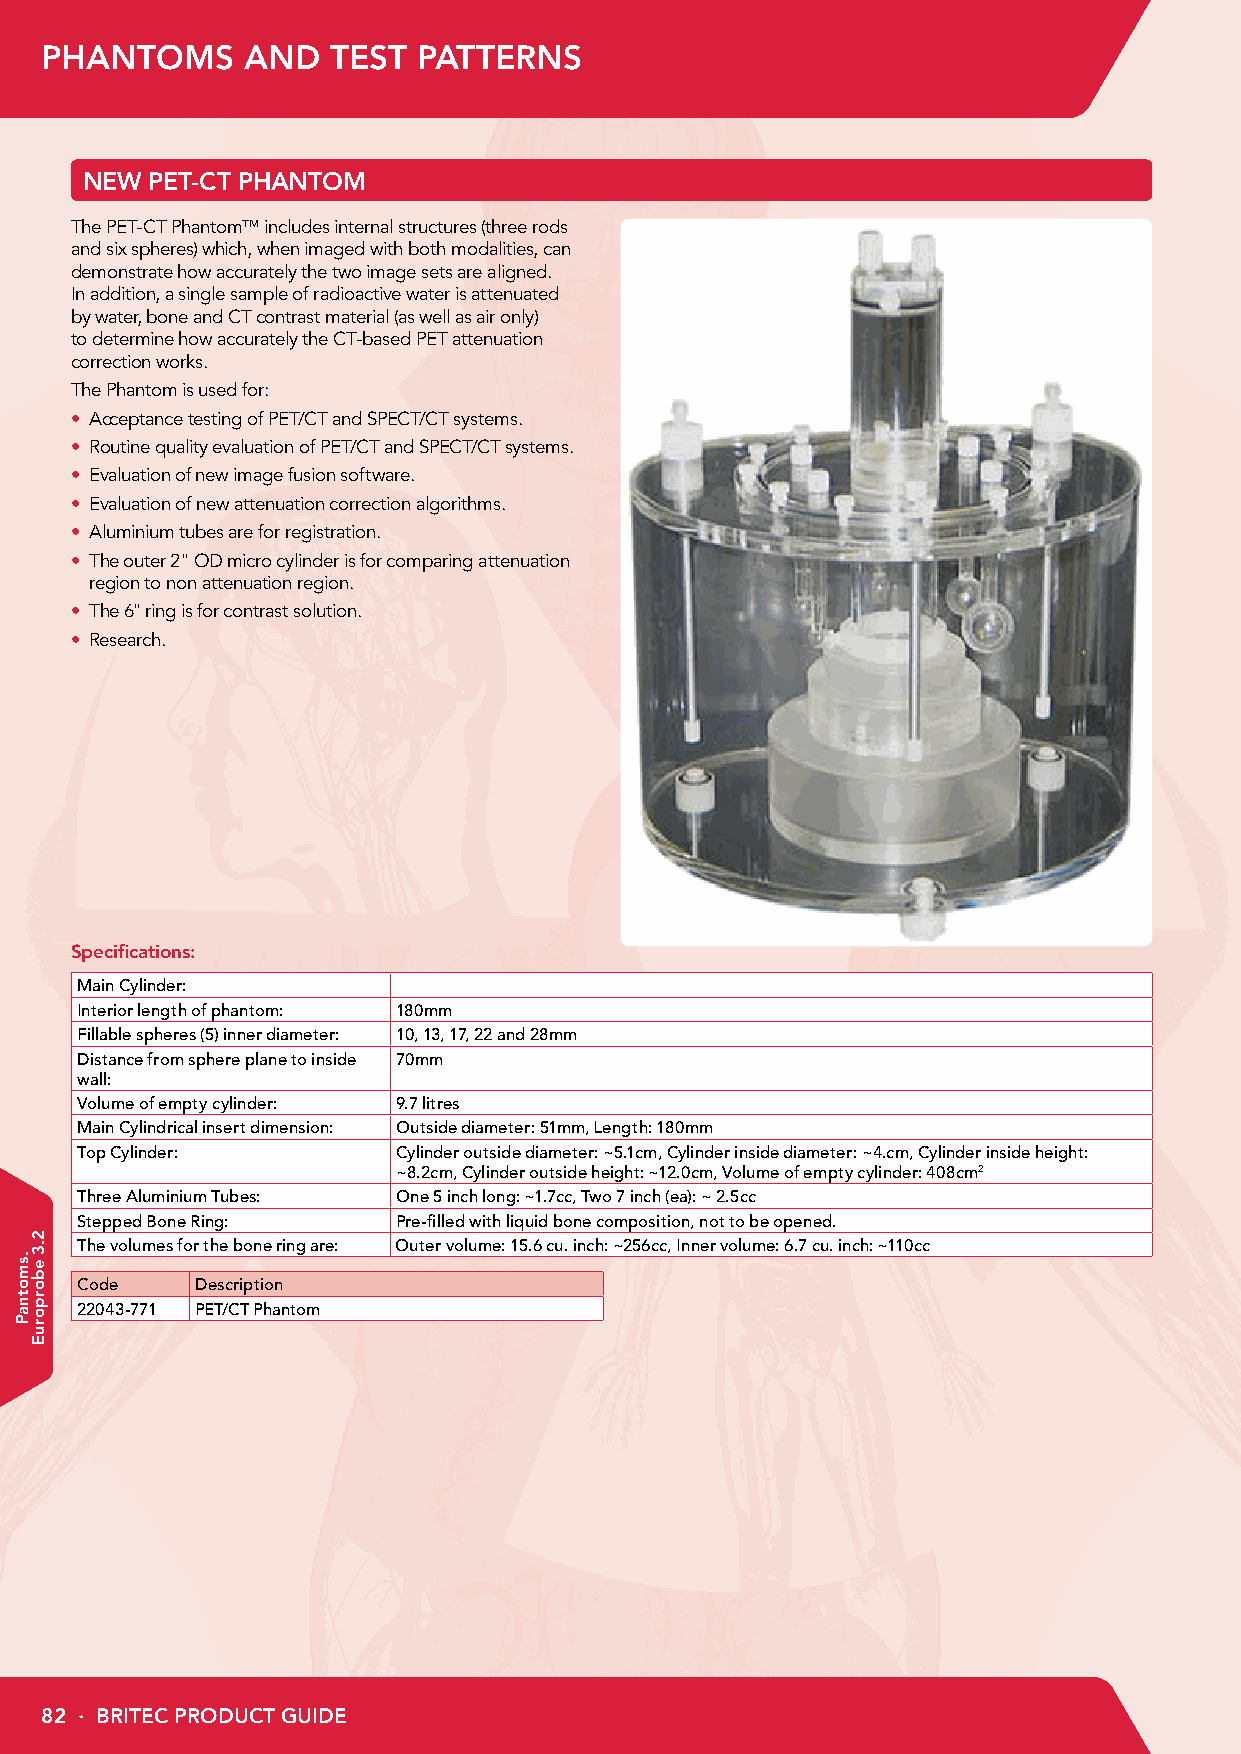
PHANTOMS     AND   TEST  PATTERNS
 NEW  PET-CT PHANTOM
 The PET-CT Phantom™ includes internal structures (three rods
 and six spheres) which, when imaged with both modalities, can
 demonstrate how accurately the two image sets are aligned.
 In addition, a single sample of radioactive water is attenuated
 by water, bone and CT contrast material (as well as air only)
 to determine how accurately the CT-based PET attenuation
 correction works.
 The Phantom is used for:
 • Acceptance testing of PET/CT and SPECT/CT systems.
 • Routine quality evaluation of PET/CT and SPECT/CT systems.
 • Evaluation of new image fusion software.
 • Evaluation of new attenuation correction algorithms.
 • Aluminium tubes are for registration.
 • The outer 2" OD micro cylinder is for comparing attenuation
 region to non attenuation region.
 • The 6" ring is for contrast solution.
 • Research.
 Specifications:
 Main Cylinder:
 Interior length of phantom: 180mm
 Fillable spheres (5) inner diameter: 10, 13, 17, 22 and 28mm
 Distance from sphere plane to inside 70mm
 wall:
 Volume of empty cylinder: 9.7 litres
 Main Cylindrical insert dimension: Outside diameter: 51mm, Length: 180mm
 Top Cylinder:        Cylinder outside diameter: ~5.1cm, Cylinder inside diameter: ~4.cm, Cylinder inside height:
 ~8.2cm, Cylinder outside height: ~12.0cm, Volume of empty cylinder: 408cm2
 Three Aluminium Tubes: One 5 inch long: ~1.7cc, Two 7 inch (ea): ~ 2.5cc
 Stepped Bone Ring:   Pre-filled with liquid bone composition, not to be opened.
 The volumes for the bone ring are: Outer volume: 15.6 cu. inch: ~256cc, Inner volume: 6.7 cu. inch: ~110cc
 Code    Description
 22043-771 PET/CT Phantom
 82 · BRITEC PRODUCT GUIDE
 .smotnaP
 2.3
 eborporuE